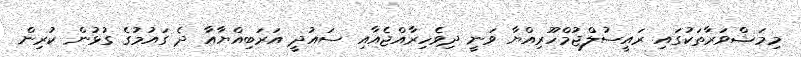
މިމަޝްވަރާތަކުގައި ރައީސުލްޖުމްހޫރިއްޔާ ވަނީ ދިވެހިރާއްޖެއާއި ސައުދީ އަރަބިއްޔާއާ ދެ ގައުމުގެ ގުޅުން ކުރިން